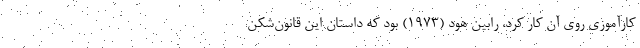
کارآموزی روی آن کار کرد، رابین هود (۱۹۷۳) بود که داستان این قانون‌شکن